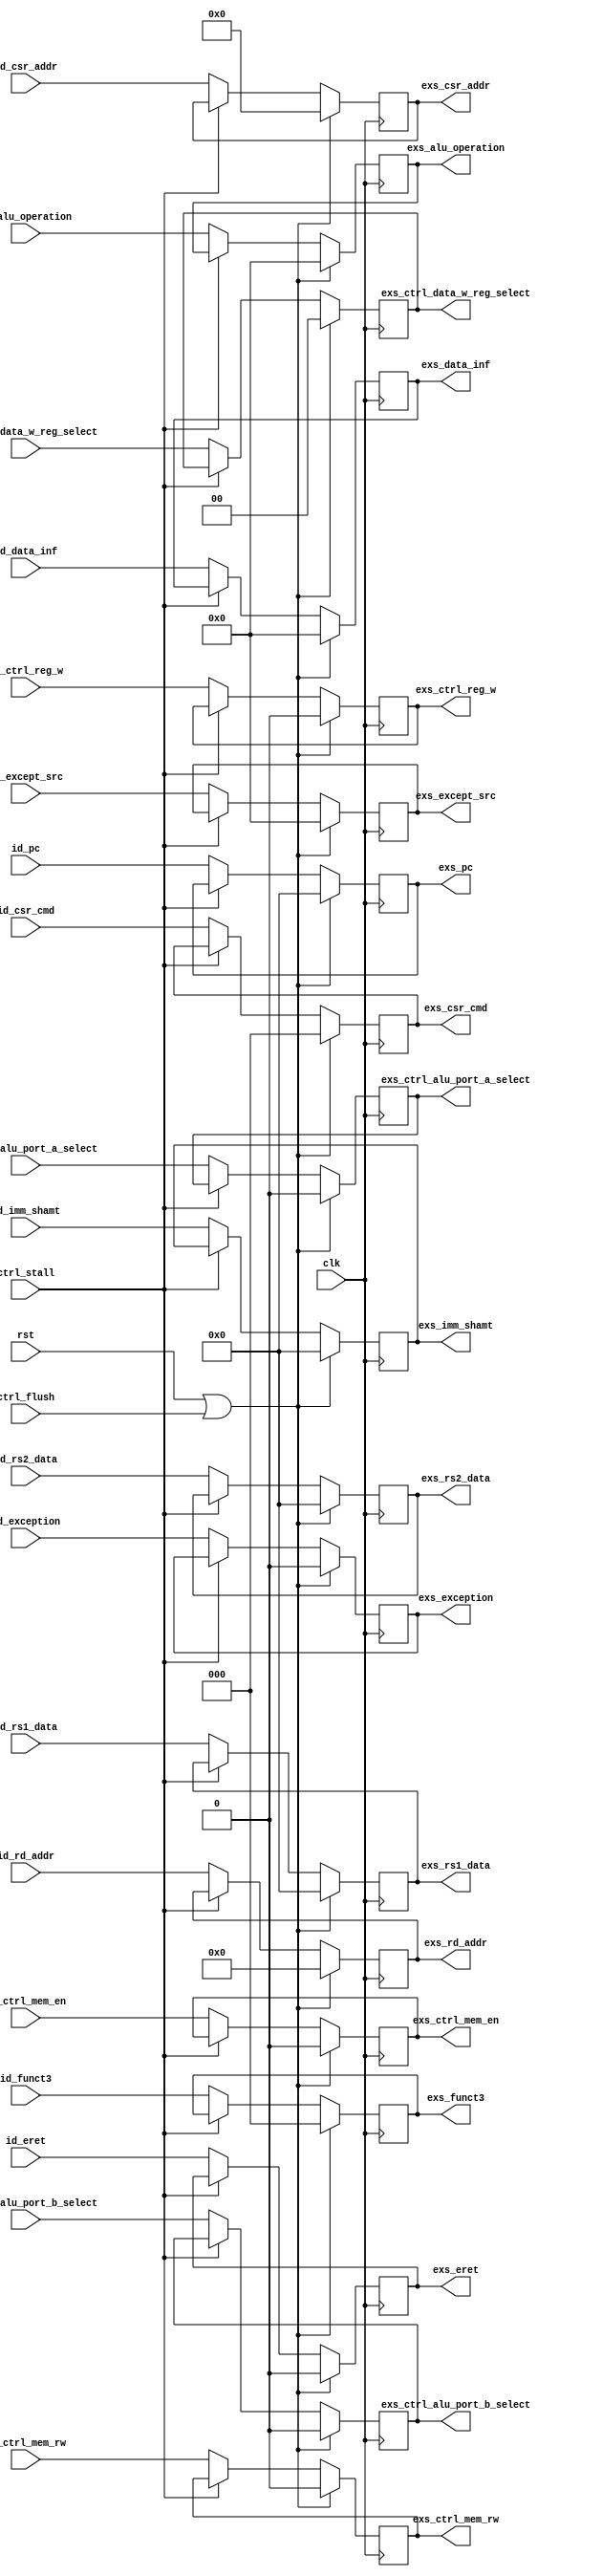
////////////////////////////////////////////////////////////////////////////////////////////////////
//==================================================================================================
//  Revision      : 0.1
//  Company       : Universidad Simn Bolvar
//
//  Description   : 
//==================================================================================================
////////////////////////////////////////////////////////////////////////////////////////////////////
module elbeth_id_exs_register(
    input 					clk,
    input 					rst,
	input					ctrl_stall,
	input					ctrl_flush, 
	input [31:0] 	 		id_pc,
	input [2:0]				id_funct3,
    input [3:0] 		   	id_alu_operation,
    input [31:0]			id_rs1_data,
    input [31:0] 			id_rs2_data,
    input [4:0] 	 		id_rd_addr,
	input [31:0] 			id_imm_shamt, 
	input					id_ctrl_alu_port_a_select,
	input					id_ctrl_alu_port_b_select,
	input [1:0]				id_ctrl_data_w_reg_select,
	input					id_ctrl_reg_w,
	input					id_ctrl_mem_en,
	input 					id_ctrl_mem_rw,
	input [3:0] 			id_data_inf,
	input					id_exception,
	input [3:0]				id_except_src,
	input					id_eret,
	input [2:0]				id_csr_cmd,
	input [11:0] 			id_csr_addr,
	output reg [31:0]  		exs_pc,
	output reg [2:0] 		exs_funct3,
	output reg [3:0]   		exs_alu_operation,
	output reg [31:0]  		exs_rs1_data,
	output reg [31:0]  		exs_rs2_data,
	output reg [4:0]  		exs_rd_addr,
	output reg [31:0]  		exs_imm_shamt,
	output reg 	 			exs_ctrl_alu_port_a_select,
	output reg 				exs_ctrl_alu_port_b_select,
	output reg [1:0]		exs_ctrl_data_w_reg_select,
	output reg				exs_ctrl_reg_w,
	output reg				exs_ctrl_mem_en,
	output reg 				exs_ctrl_mem_rw,
	output reg [3:0] 		exs_data_inf,
	output reg 				exs_exception,
	output reg [3:0]		exs_except_src,
	output reg 				exs_eret,
	output reg [2:0]		exs_csr_cmd,
	output reg [11:0]		exs_csr_addr
    );

	always @(posedge clk) begin
		exs_pc <= (rst | ctrl_flush) ? 32'b0 : (ctrl_stall) ? exs_pc : id_pc;
		exs_funct3 <= (rst | ctrl_flush) ? 32'b0 : (ctrl_stall) ? exs_funct3 : id_funct3;
		exs_alu_operation <= (rst | ctrl_flush) ? 4'b0 : (ctrl_stall) ? exs_alu_operation : id_alu_operation;
		exs_rs1_data <= (rst | ctrl_flush) ? 32'b0 : (ctrl_stall) ? exs_rs1_data : id_rs1_data;
		exs_rs2_data <= (rst | ctrl_flush) ? 32'b0 : (ctrl_stall) ? exs_rs2_data : id_rs2_data;
		exs_rd_addr <= (rst | ctrl_flush) ? 5'b0 : (ctrl_stall) ? exs_rd_addr : id_rd_addr;
		exs_imm_shamt <= (rst | ctrl_flush) ? 32'b0 : (ctrl_stall) ? exs_imm_shamt : id_imm_shamt;
		exs_ctrl_alu_port_a_select <= (rst | ctrl_flush) ? 2'b0 : (ctrl_stall) ? exs_ctrl_alu_port_a_select : id_ctrl_alu_port_a_select;
		exs_ctrl_alu_port_b_select <= (rst | ctrl_flush) ? 2'b0 : (ctrl_stall) ? exs_ctrl_alu_port_b_select : id_ctrl_alu_port_b_select;
		exs_ctrl_data_w_reg_select <= (rst | ctrl_flush) ? 1'b0 : (ctrl_stall) ? exs_ctrl_data_w_reg_select : id_ctrl_data_w_reg_select;
		exs_ctrl_mem_en <= (rst | ctrl_flush) ? 1'b0 : (ctrl_stall) ? exs_ctrl_mem_en : id_ctrl_mem_en;
		exs_ctrl_mem_rw <= (rst | ctrl_flush) ? 1'b0 : (ctrl_stall) ? exs_ctrl_mem_rw : id_ctrl_mem_rw;
		exs_ctrl_reg_w <= (rst | ctrl_flush) ? 1'b0 : (ctrl_stall) ? exs_ctrl_reg_w : id_ctrl_reg_w;
		exs_data_inf <= (rst | ctrl_flush) ? 4'b0 : (ctrl_stall) ? exs_data_inf : id_data_inf;
		exs_exception <= (rst | ctrl_flush) ? 1'b0 : (ctrl_stall) ? exs_exception : id_exception;
		exs_except_src <= (rst | ctrl_flush) ? 4'b0 : (ctrl_stall) ? exs_except_src : id_except_src;
		exs_eret <= (rst | ctrl_flush) ? 1'b0 : (ctrl_stall) ? exs_eret : id_eret;
		exs_csr_cmd <= (rst | ctrl_flush) ? 3'b0 : (ctrl_stall) ? exs_csr_cmd : id_csr_cmd;
		exs_csr_addr <= (rst | ctrl_flush) ? 12'b0 : (ctrl_stall) ? exs_csr_addr : id_csr_addr;
	end

endmodule //elbeth_id_exs_register